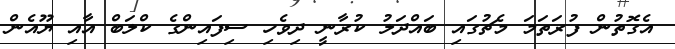
އެގޮތުން ފުރަތަމަ މެޗުގައި ބައްދަލު ކުރާނީ ދިވެހި ސިފައިންގެ ކްލަބް އާއި ޔޫއެން